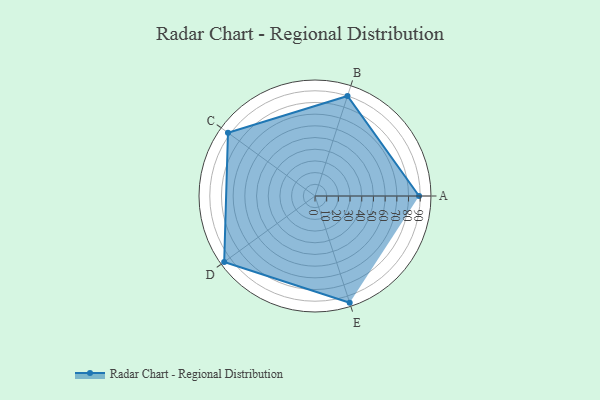
{"axis": {"x": "Skill", "y": "Score"}, "legend": ["Profile"], "data": [{"x": "A", "y": 89.0, "type": "Profile"}, {"x": "B", "y": 90.0, "type": "Profile"}, {"x": "C", "y": 92.0, "type": "Profile"}, {"x": "D", "y": 96.0, "type": "Profile"}, {"x": "E", "y": 96.0, "type": "Profile"}]}